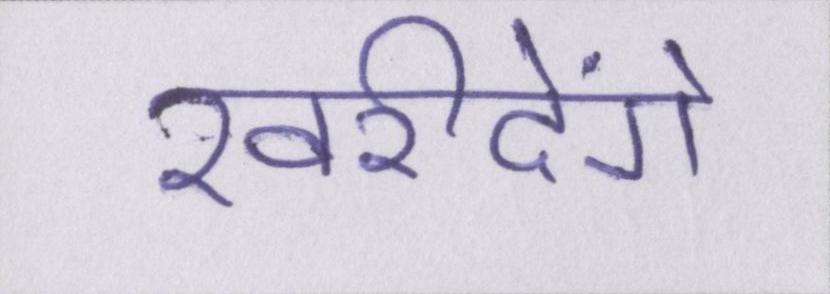
खरीदेंगे